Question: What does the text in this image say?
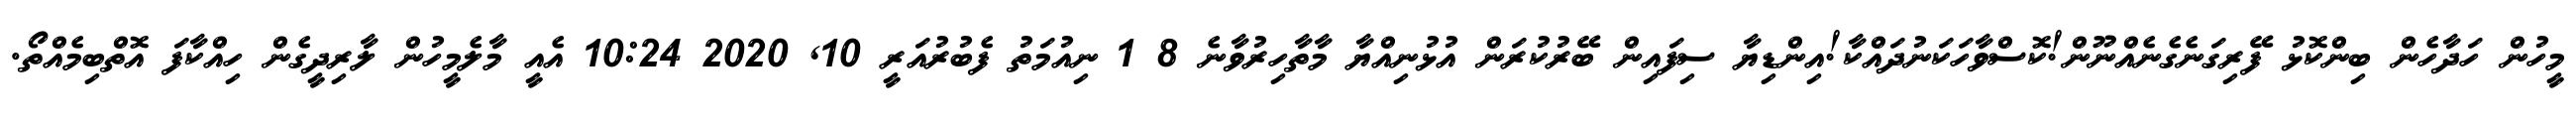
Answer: މީހުން ހަދާހެން ބިންކޮޅު ފޭރިގަނެގެނެއްނޫން!ކޮސްވާހަކަނުދައްކާ!އިންޑިޔާ ސިފައިން ބޭރުކުރަން އުޅުނިއްޔާ މާތާހިރުވާނެ 8 1 ނިއުމަތު ފެބުރުއަރީ 10, 2020 10:24 އެއީ މާލެމީހުން ލާރިދީގެން ހިއްކާފަ އޮތްބިމެއްތޯ.